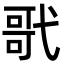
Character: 㢦